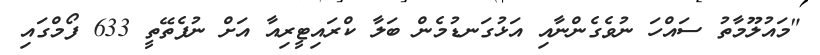
"މައުލޫމާތު ސައްހަ ނުވެގެންނާއި އަޅުގަނޑުމެން ބަލާ ކްރައިޓީރިއާ އަށް ނުފެތޭތީ 633 ފޯމްގައި